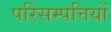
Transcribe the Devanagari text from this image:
परिसम्‍पत्तियों